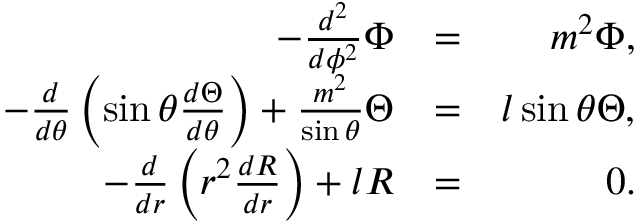
\begin{array} { r l r } { - \frac { d ^ { 2 } } { d \phi ^ { 2 } } \Phi } & { = } & { m ^ { 2 } \Phi , } \\ { - \frac { d } { d \theta } \left( \sin \theta \frac { d \Theta } { d \theta } \right) + \frac { m ^ { 2 } } { \sin \theta } \Theta } & { = } & { l \sin \theta \Theta , } \\ { - \frac { d } { d r } \left( r ^ { 2 } \frac { d R } { d r } \right) + l R } & { = } & { 0 . } \end{array}